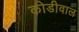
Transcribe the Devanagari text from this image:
कोडीवाल